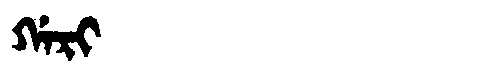
Manchu: ᡤᠠᡵᡳ
Romanization: GARI